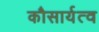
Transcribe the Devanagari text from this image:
कौसार्यत्व